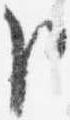
臣